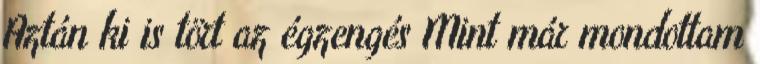
Aztán ki is tört az égzengés Mint már mondottam